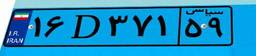
۳۰D۴۲۰۵۰